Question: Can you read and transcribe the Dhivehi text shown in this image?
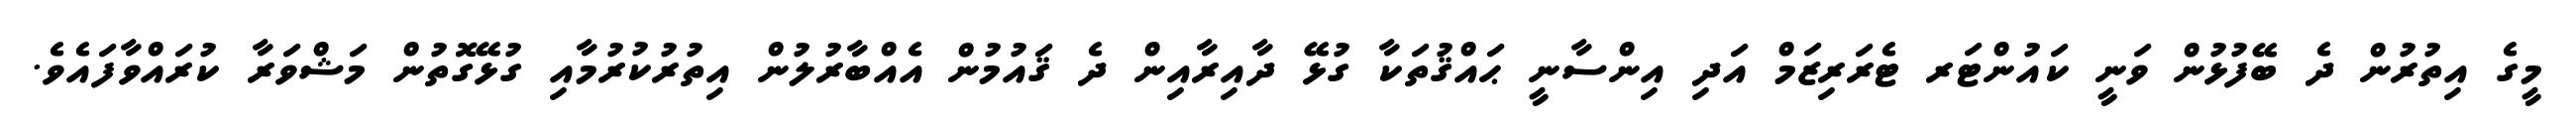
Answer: މީގެ އިތުރުން ދެ ބޭފުޅުން ވަނީ ކައުންޓަރ ޓެރަރިޒަމް އަދި އިންސާނީ ޙައްޤުތަކާ ގުޅޭ ދާއިރާއިން ދެ ޤައުމުން އެއްބާރުލުން އިތުރުކުރުމާއި ގުޅޭގޮތުން މަޝްވަރާ ކުރައްވާފައެވެ.